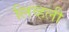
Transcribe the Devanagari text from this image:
लिव्हली